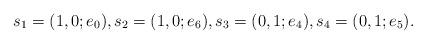
LaTeX: \begin{align*}s_1=(1,0;e_0), s_2 = (1,0;e_6), s_3 = (0,1;e_4), s_4 = (0,1;e_5).\end{align*}